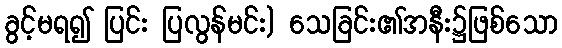
ခွင့်မရ၍ ပြင်း ပြလွန်မင်း) သေခြင်း၏အနီး၌ဖြစ်သော